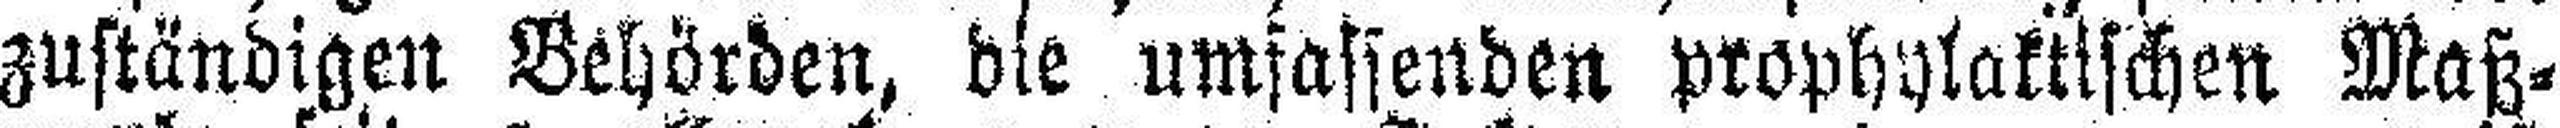
zuständigen Behörden, die umfassenden prophylaktischen Maß¬